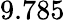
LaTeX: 9.785